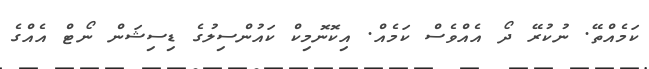
ކަމެއްތޭ. ނުކުރޭ ދޯ އެއްވެސް ކަމެއް. އިކޮނޮމިކް ކައުންސިލުގެ ޑިސިޝަން ނޯޓް އެއްގެ